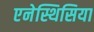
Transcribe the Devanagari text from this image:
एनेस्थिसिया